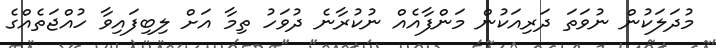
މުދަލަކުން ނުވަތަ ދަރިއަކުން މަންފާއެއް ނުކުރާނެ ދުވަހު ތިމާ އަށް ލިބިފައިވާ ހުއްޖަތެއްގެ